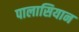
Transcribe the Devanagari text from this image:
पालासियान